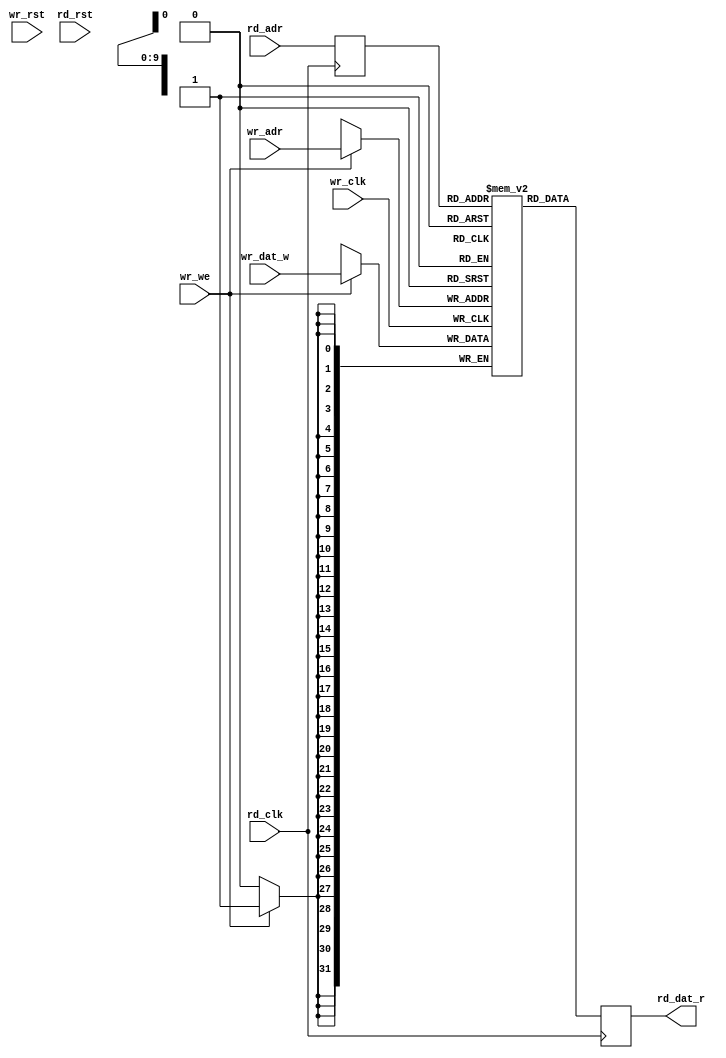
// 1024x32b ram (1 write / 1 read / 2 clocks)
// read latency: 2 clocks

module usb3_ep_ram(
	input wr_clk,
	input wr_rst,
	input wr_we,
	input [9:0] wr_adr,
	input [31:0] wr_dat_w,

	input rd_clk,
	input rd_rst,
	input [9:0] rd_adr,
	output reg [31:0] rd_dat_r
);

reg [31:0] mem[0:1023];
reg [9:0] rd_adr_i;
always @(posedge wr_clk) begin
	if (wr_we)
		mem[wr_adr] <= wr_dat_w;
end

always @(posedge rd_clk) begin
	rd_adr_i <= rd_adr;
	rd_dat_r = mem[rd_adr_i];
end

endmodule